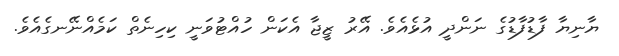
ޔާނިޔާ ފާޑުފާޑުގެ ނަންދީ އުޅެއެވެ. އޭރު ޒީޖާ އެކަން ހުއްޓުވަނީ ކިހިނެތް ކަމެއްނޭނގެއެވެ.